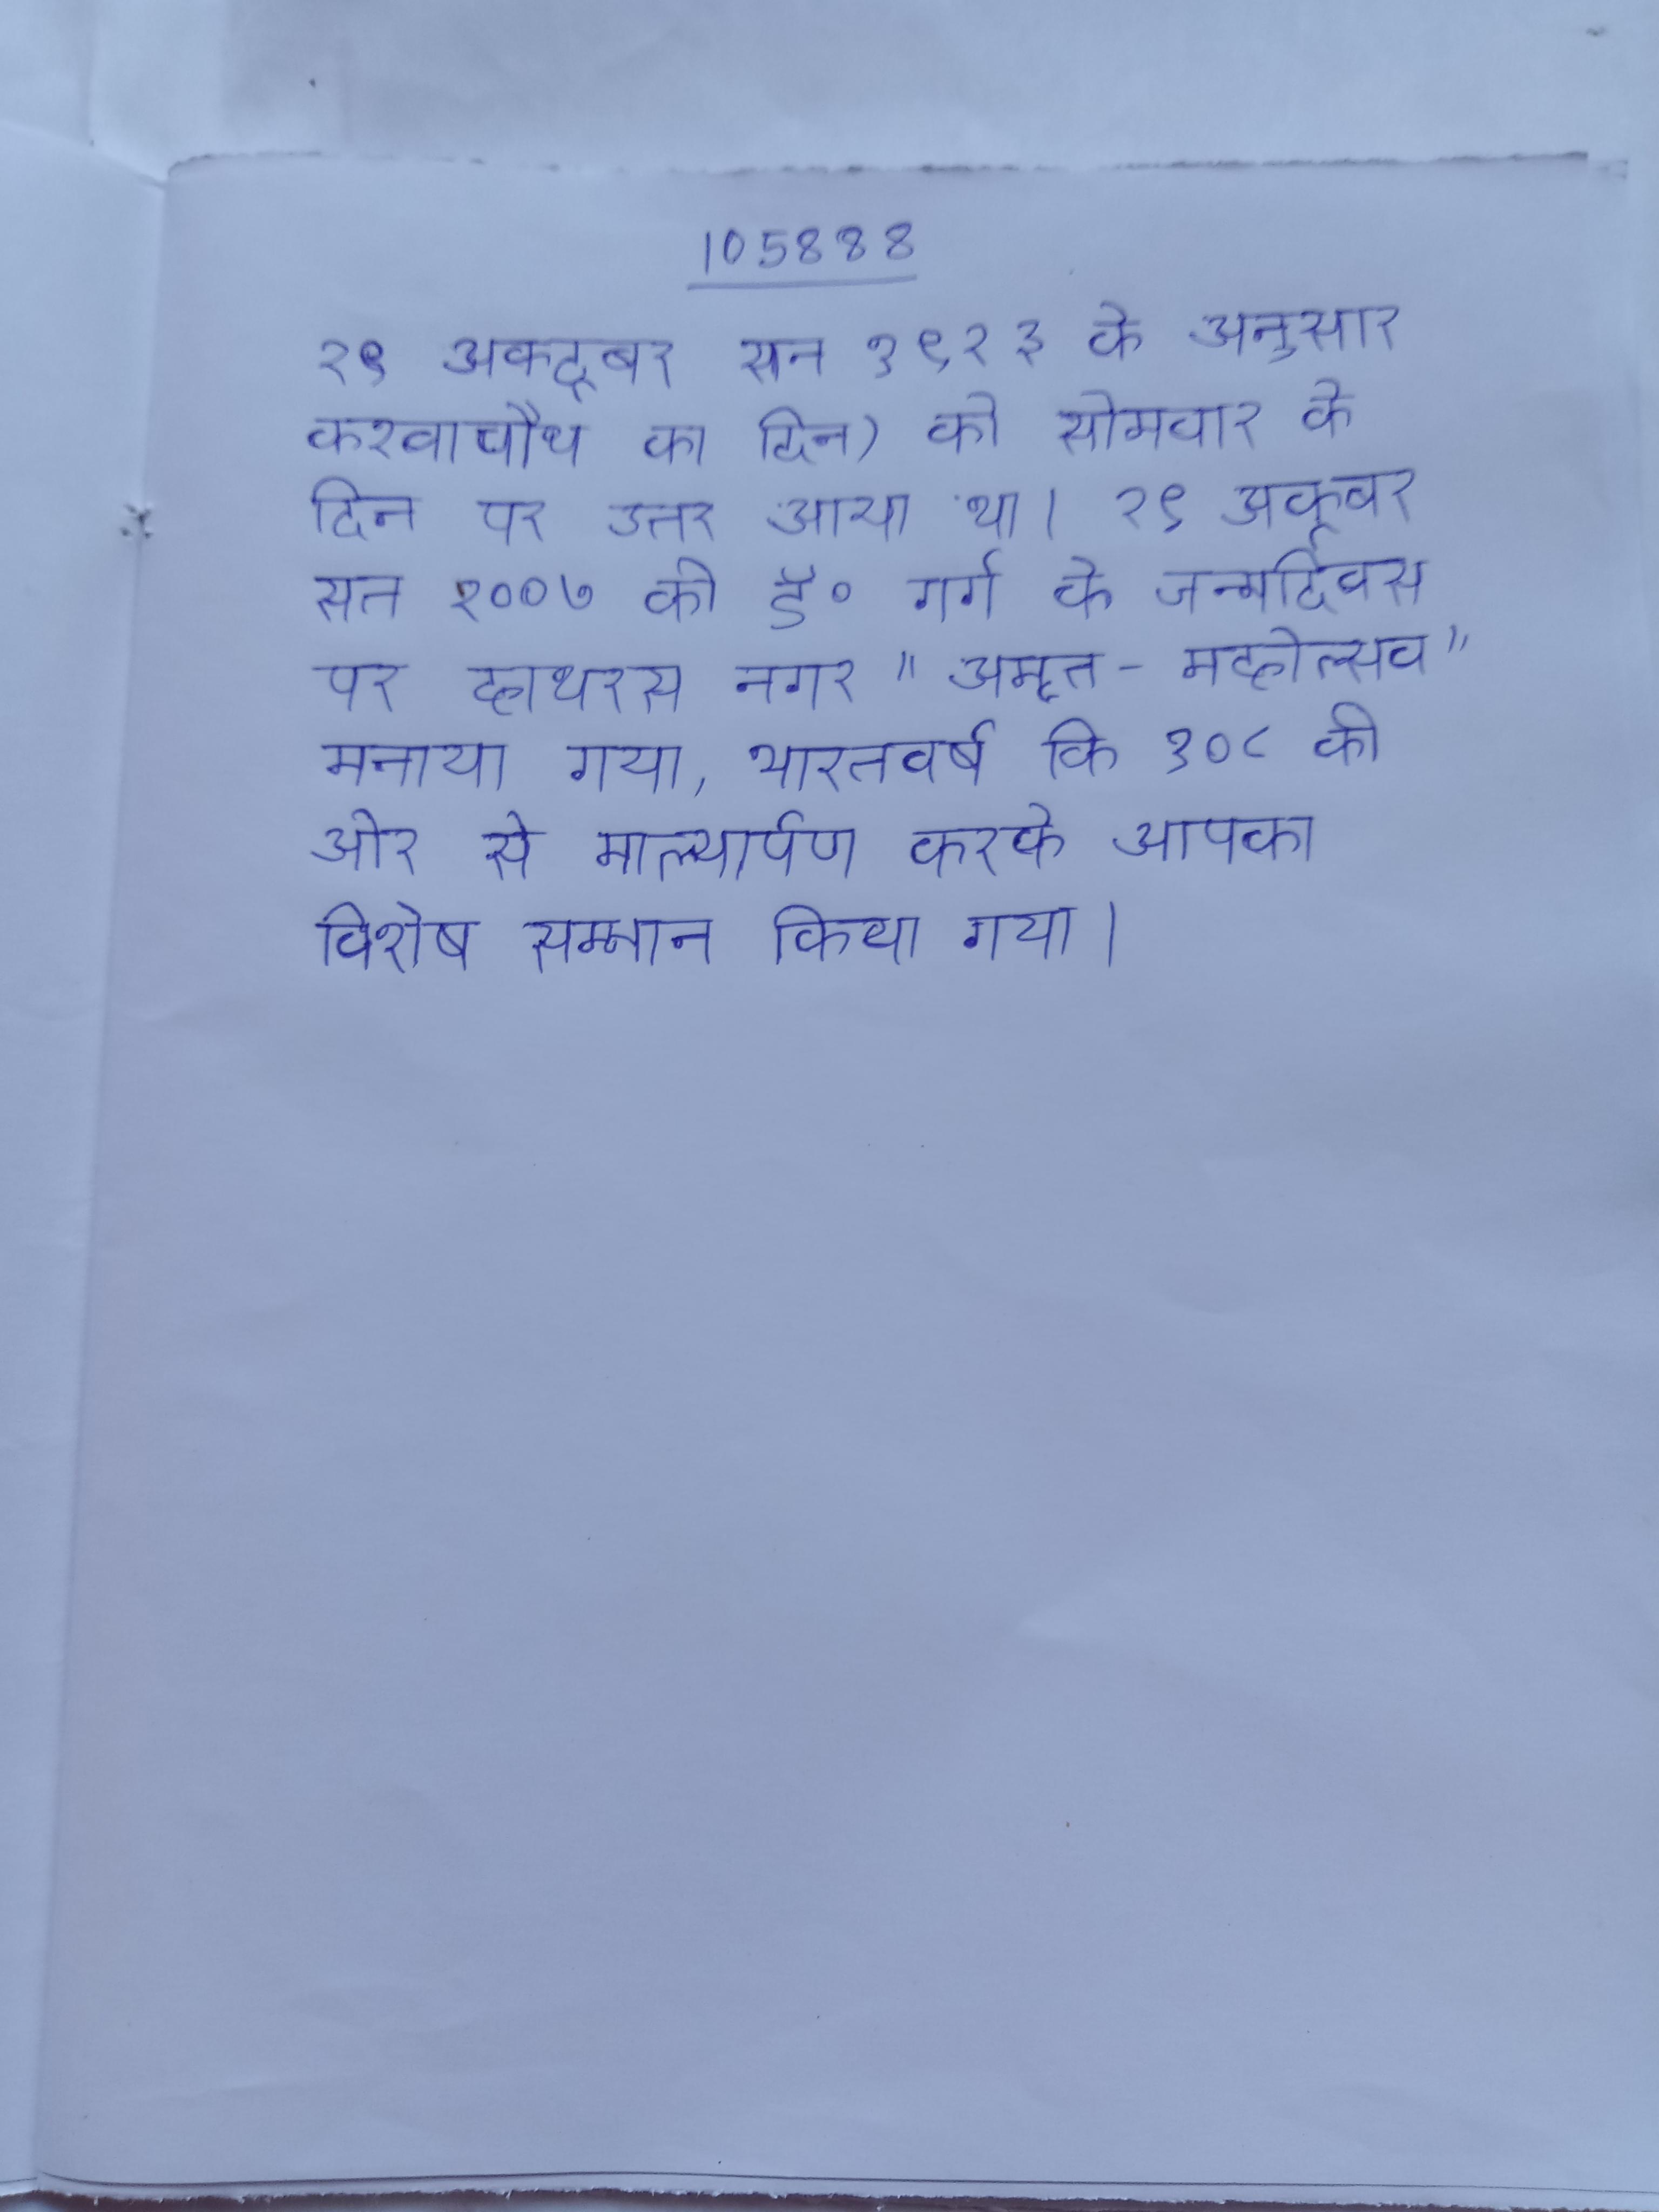
२९ अक्टूबर सन १९२३ के अनुसार करवाचौथ का दिन) को सोमवार के दिन पर उतर आया था । २९ अक्टूबर सन २००७ को डॉ॰ गर्ग के जन्मदिवस पर हाथरस नगर "अमृत-महोत्सव" मनाया गया, भारतवर्ष कि १०८ की ओर से माल्यार्पण करके आपका विशेष सम्मान किया गया ।